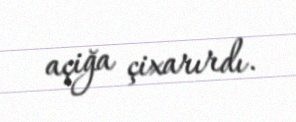
açiğa çixarırdı.